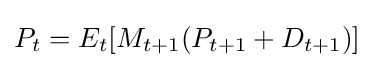
P_{t}=E_{t}[M_{t+1}(P_{t+1}+D_{t+1})]